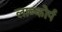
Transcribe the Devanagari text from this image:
लाब्कोर्प